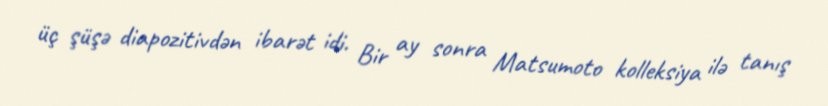
üç şüşə diapozitivdən ibarət idi. Bir ay sonra Matsumoto kolleksiya ilə tanış